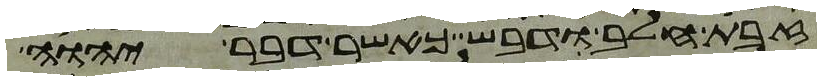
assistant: זבת חלב ודבש כאשר דבר יהוה